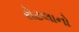
રોટલાનો